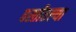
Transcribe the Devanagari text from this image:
वस्तीतल्या